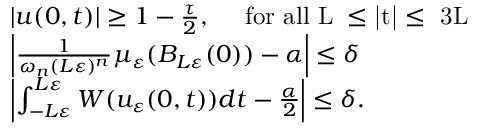
\begin{array} { r l } & { | u ( 0 , t ) | \geq 1 - \frac { \tau } { 2 } , \quad \mathrm { ~ f o r ~ a l l ~ L \varepsilon \leq | t | \leq ~ 3 L \varepsilon ~ } } \\ & { \left| \frac { 1 } { \omega _ { n } ( L \varepsilon ) ^ { n } } \mu _ { \varepsilon } ( B _ { L \varepsilon } ( 0 ) ) - \alpha \right| \leq \delta } \\ & { \left| \int _ { - L \varepsilon } ^ { L \varepsilon } W ( u _ { \varepsilon } ( 0 , t ) ) d t - \frac { \alpha } { 2 } \right| \leq \delta . } \end{array}